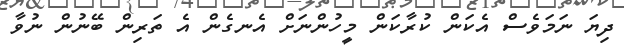
ދިޔަ ނަމަވެސް އެކަން ކުރާކަން މީހުންނަށް އެނގެން އެ ތަރިން ބޭނުން ނުވާ